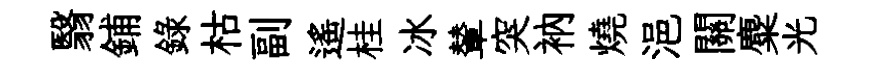
翳鋪録枯副遥桂冰輦突衲燒浥關麋光